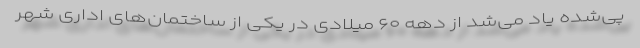
پی‌شده یاد می‌شد از دهه ۶۰ میلادی در یکی از ساختمان‌های اداری شهر